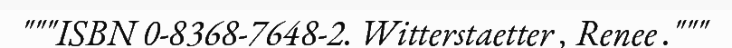
"""ISBN 0-8368-7648-2. Witterstaetter , Renee ."""